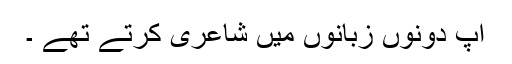
آپ دونوں زبانوں میں شاعری کرتے تھے ۔